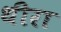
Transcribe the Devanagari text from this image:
थीरा